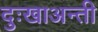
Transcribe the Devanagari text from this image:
दुःखाअन्ती